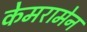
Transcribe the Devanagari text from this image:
केमरामेन